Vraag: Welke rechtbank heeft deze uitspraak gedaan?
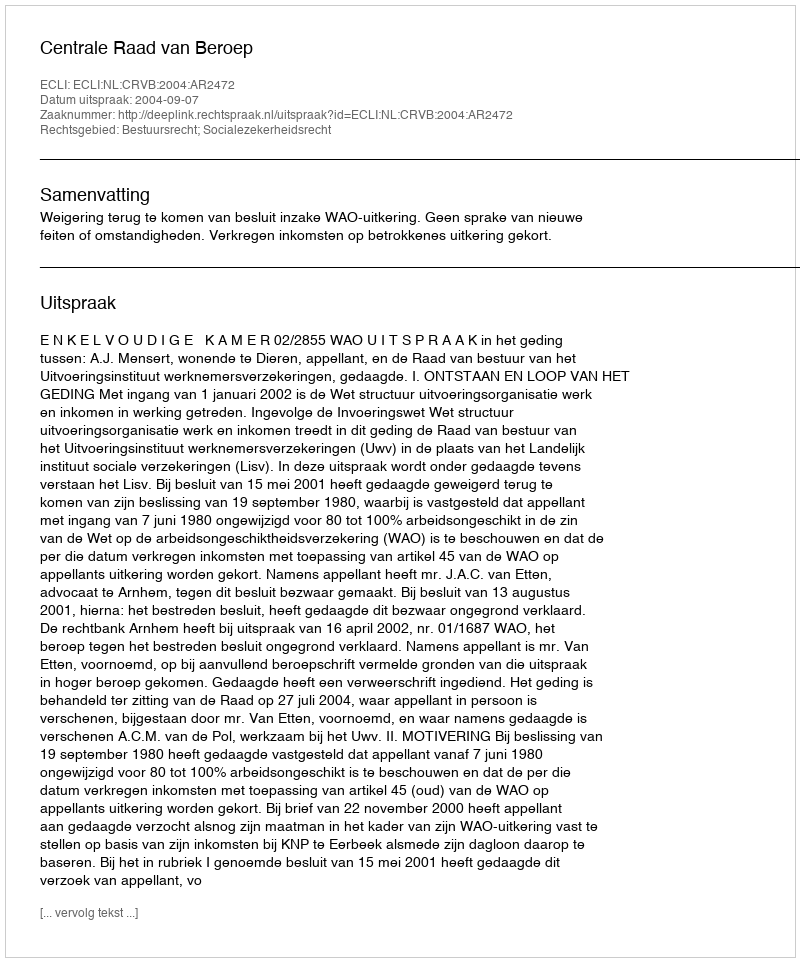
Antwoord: Centrale Raad van Beroep